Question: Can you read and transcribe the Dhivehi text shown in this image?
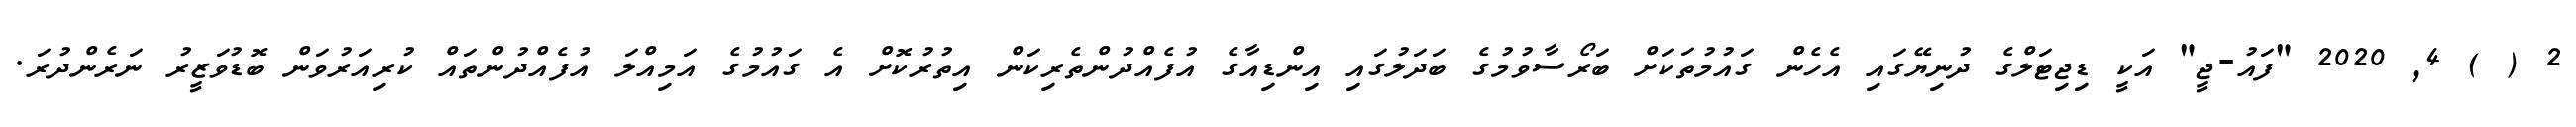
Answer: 2 ( ) 4, 2020 "ފައު-ޖީ" އަކީ ޑިޖިޓަލްގެ ދުނިޔޭގައި އެހެން ގައުމުތަކަށް ބަރޯސާވުމުގެ ބަދަލުގައި އިންޑިއާގެ އުފެއްދުންތެރިކަން އިތުރުކޮށް އެ ގައުމުގެ އަމިއްލަ އުފެއްދުންތައް ކުރިއަރުވަން ބޮޑުވަޒީރު ނަރެންދުރަ.